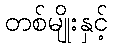
တစ်မျိုးနှင့်